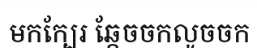
មកក្បែរ ឆ្កែចចកលូចចក